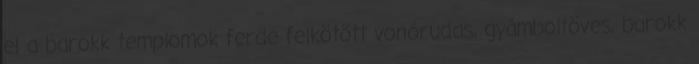
el a barokk templomok ferde felkötött vonórudas, gyámboltöves, barokk